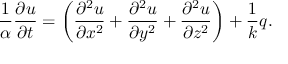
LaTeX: { \frac { 1 } { \alpha } } { \frac { \partial u } { \partial t } } = \left( { \frac { \partial ^ { 2 } u } { \partial x ^ { 2 } } } + { \frac { \partial ^ { 2 } u } { \partial y ^ { 2 } } } + { \frac { \partial ^ { 2 } u } { \partial z ^ { 2 } } } \right) + { \frac { 1 } { k } } q .